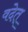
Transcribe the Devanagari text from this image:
वदेत्